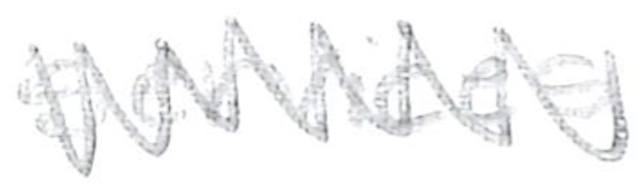
Text: services
Cross-out: zig-zag
Writing tool: pencil